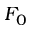
F _ { 0 }